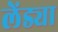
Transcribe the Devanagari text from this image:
लेंड्या